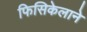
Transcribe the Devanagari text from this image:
फिसिकेलाने